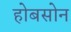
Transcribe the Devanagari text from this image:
होबसोन